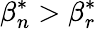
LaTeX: \beta_{n}^{*}>\beta_{r}^{*}